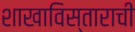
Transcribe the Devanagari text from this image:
शाखाविस्ताराची